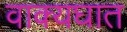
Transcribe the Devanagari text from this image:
वाक्यघात